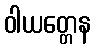
ဝါယတ္တေန